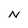
Character: N